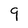
Character: 9